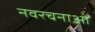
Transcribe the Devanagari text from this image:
नवरचनाओं